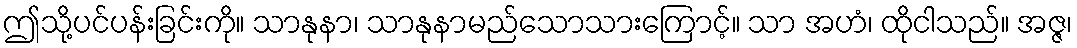
ဤသို့ပင်ပန်းခြင်းကို။ သာနုနာ၊ သာနုနာမည်သောသားကြောင့်။ သာ အဟံ၊ ထိုငါသည်။ အဇ္ဇ၊